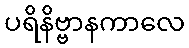
ပရိနိဗ္ဗာနကာလေ